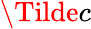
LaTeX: \Tilde{c}